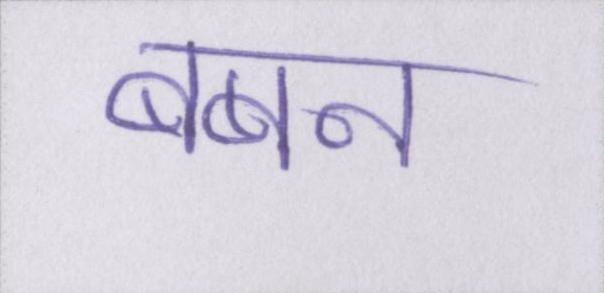
बबन